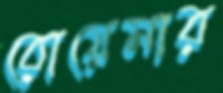
রোয়েমার